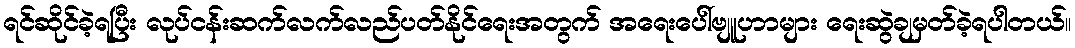
ရင်ဆိုင်ခဲ့ရပြီး လုပ်ငန်းဆက်လက်လည်ပတ်နိုင်ရေးအတွက် အရေးပေါ်ဗျူဟာများ ရေးဆွဲချမှတ်ခဲ့ရပါတယ်။